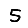
Digit: 5